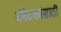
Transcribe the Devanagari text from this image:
कीटकांसाठी